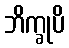
ဘိက္ခုပိ